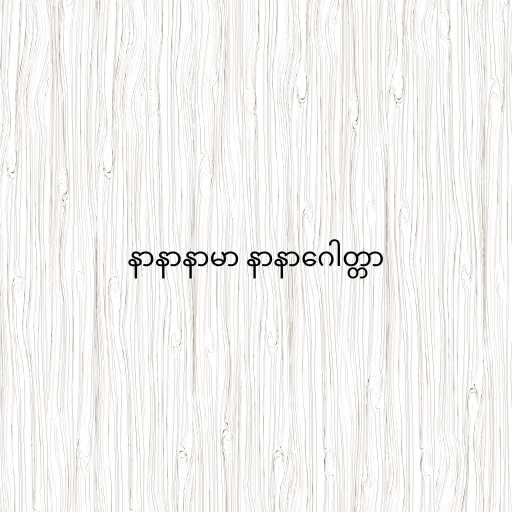
နာနာနာမာ နာနာဂေါတ္တာ